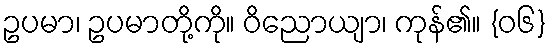
ဥပမာ၊ ဥပမာတို့ကို။ ဝိညောယျာ၊ ကုန်၏။ {၀၆}